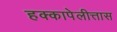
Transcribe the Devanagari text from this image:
हक्कापेलीत्तास